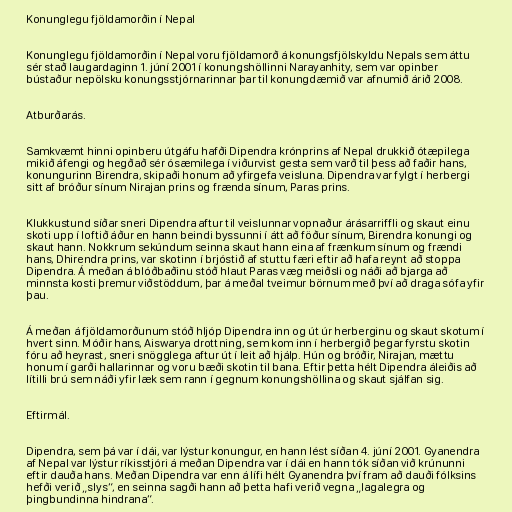
Konunglegu fjöldamorðin í Nepal

Konunglegu fjöldamorðin í Nepal voru fjöldamorð á konungsfjölskyldu Nepals sem áttu
sér stað laugardaginn 1. júní 2001 í konungshöllinni Narayanhity, sem var opinber
bústaður nepölsku konungsstjórnarinnar þar til konungdæmið var afnumið árið 2008.

Atburðarás.

Samkvæmt hinni opinberu útgáfu hafði Dipendra krónprins af Nepal drukkið ótæpilega
mikið áfengi og hegðað sér ósæmilega í viðurvist gesta sem varð til þess að faðir hans,
konungurinn Birendra, skipaði honum að yfirgefa veisluna. Dipendra var fylgt í herbergi
sitt af bróður sínum Nirajan prins og frænda sínum, Paras prins.

Klukkustund síðar sneri Dipendra aftur til veislunnar vopnaður árásarriffli og skaut einu
skoti upp í loftið áður en hann beindi byssunni í átt að föður sínum, Birendra konungi og
skaut hann. Nokkrum sekúndum seinna skaut hann eina af frænkum sínum og frændi
hans, Dhirendra prins, var skotinn í brjóstið af stuttu færi eftir að hafa reynt að stoppa
Dipendra. Á meðan á blóðbaðinu stóð hlaut Paras væg meiðsli og náði að bjarga að
minnsta kosti þremur viðstöddum, þar á meðal tveimur börnum með því að draga sófa yfir
þau.

Á meðan á fjöldamorðunum stóð hljóp Dipendra inn og út úr herberginu og skaut skotum í
hvert sinn. Móðir hans, Aiswarya drottning, sem kom inn í herbergið þegar fyrstu skotin
fóru að heyrast, sneri snögglega aftur út í leit að hjálp. Hún og bróðir, Nirajan, mættu
honum í garði hallarinnar og voru bæði skotin til bana. Eftir þetta hélt Dipendra áleiðis að
lítilli brú sem náði yfir læk sem rann í gegnum konungshöllina og skaut sjálfan sig.

Eftirmál.

Dipendra, sem þá var í dái, var lýstur konungur, en hann lést síðan 4. júní 2001. Gyanendra
af Nepal var lýstur ríkisstjóri á meðan Dipendra var í dái en hann tók síðan við krúnunni
eftir dauða hans. Meðan Dipendra var enn á lífi hélt Gyanendra því fram að dauði fólksins
hefði verið „slys“, en seinna sagði hann að þetta hafi verið vegna „lagalegra og
þingbundinna hindrana“.